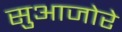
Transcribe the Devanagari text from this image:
सुआजोरे